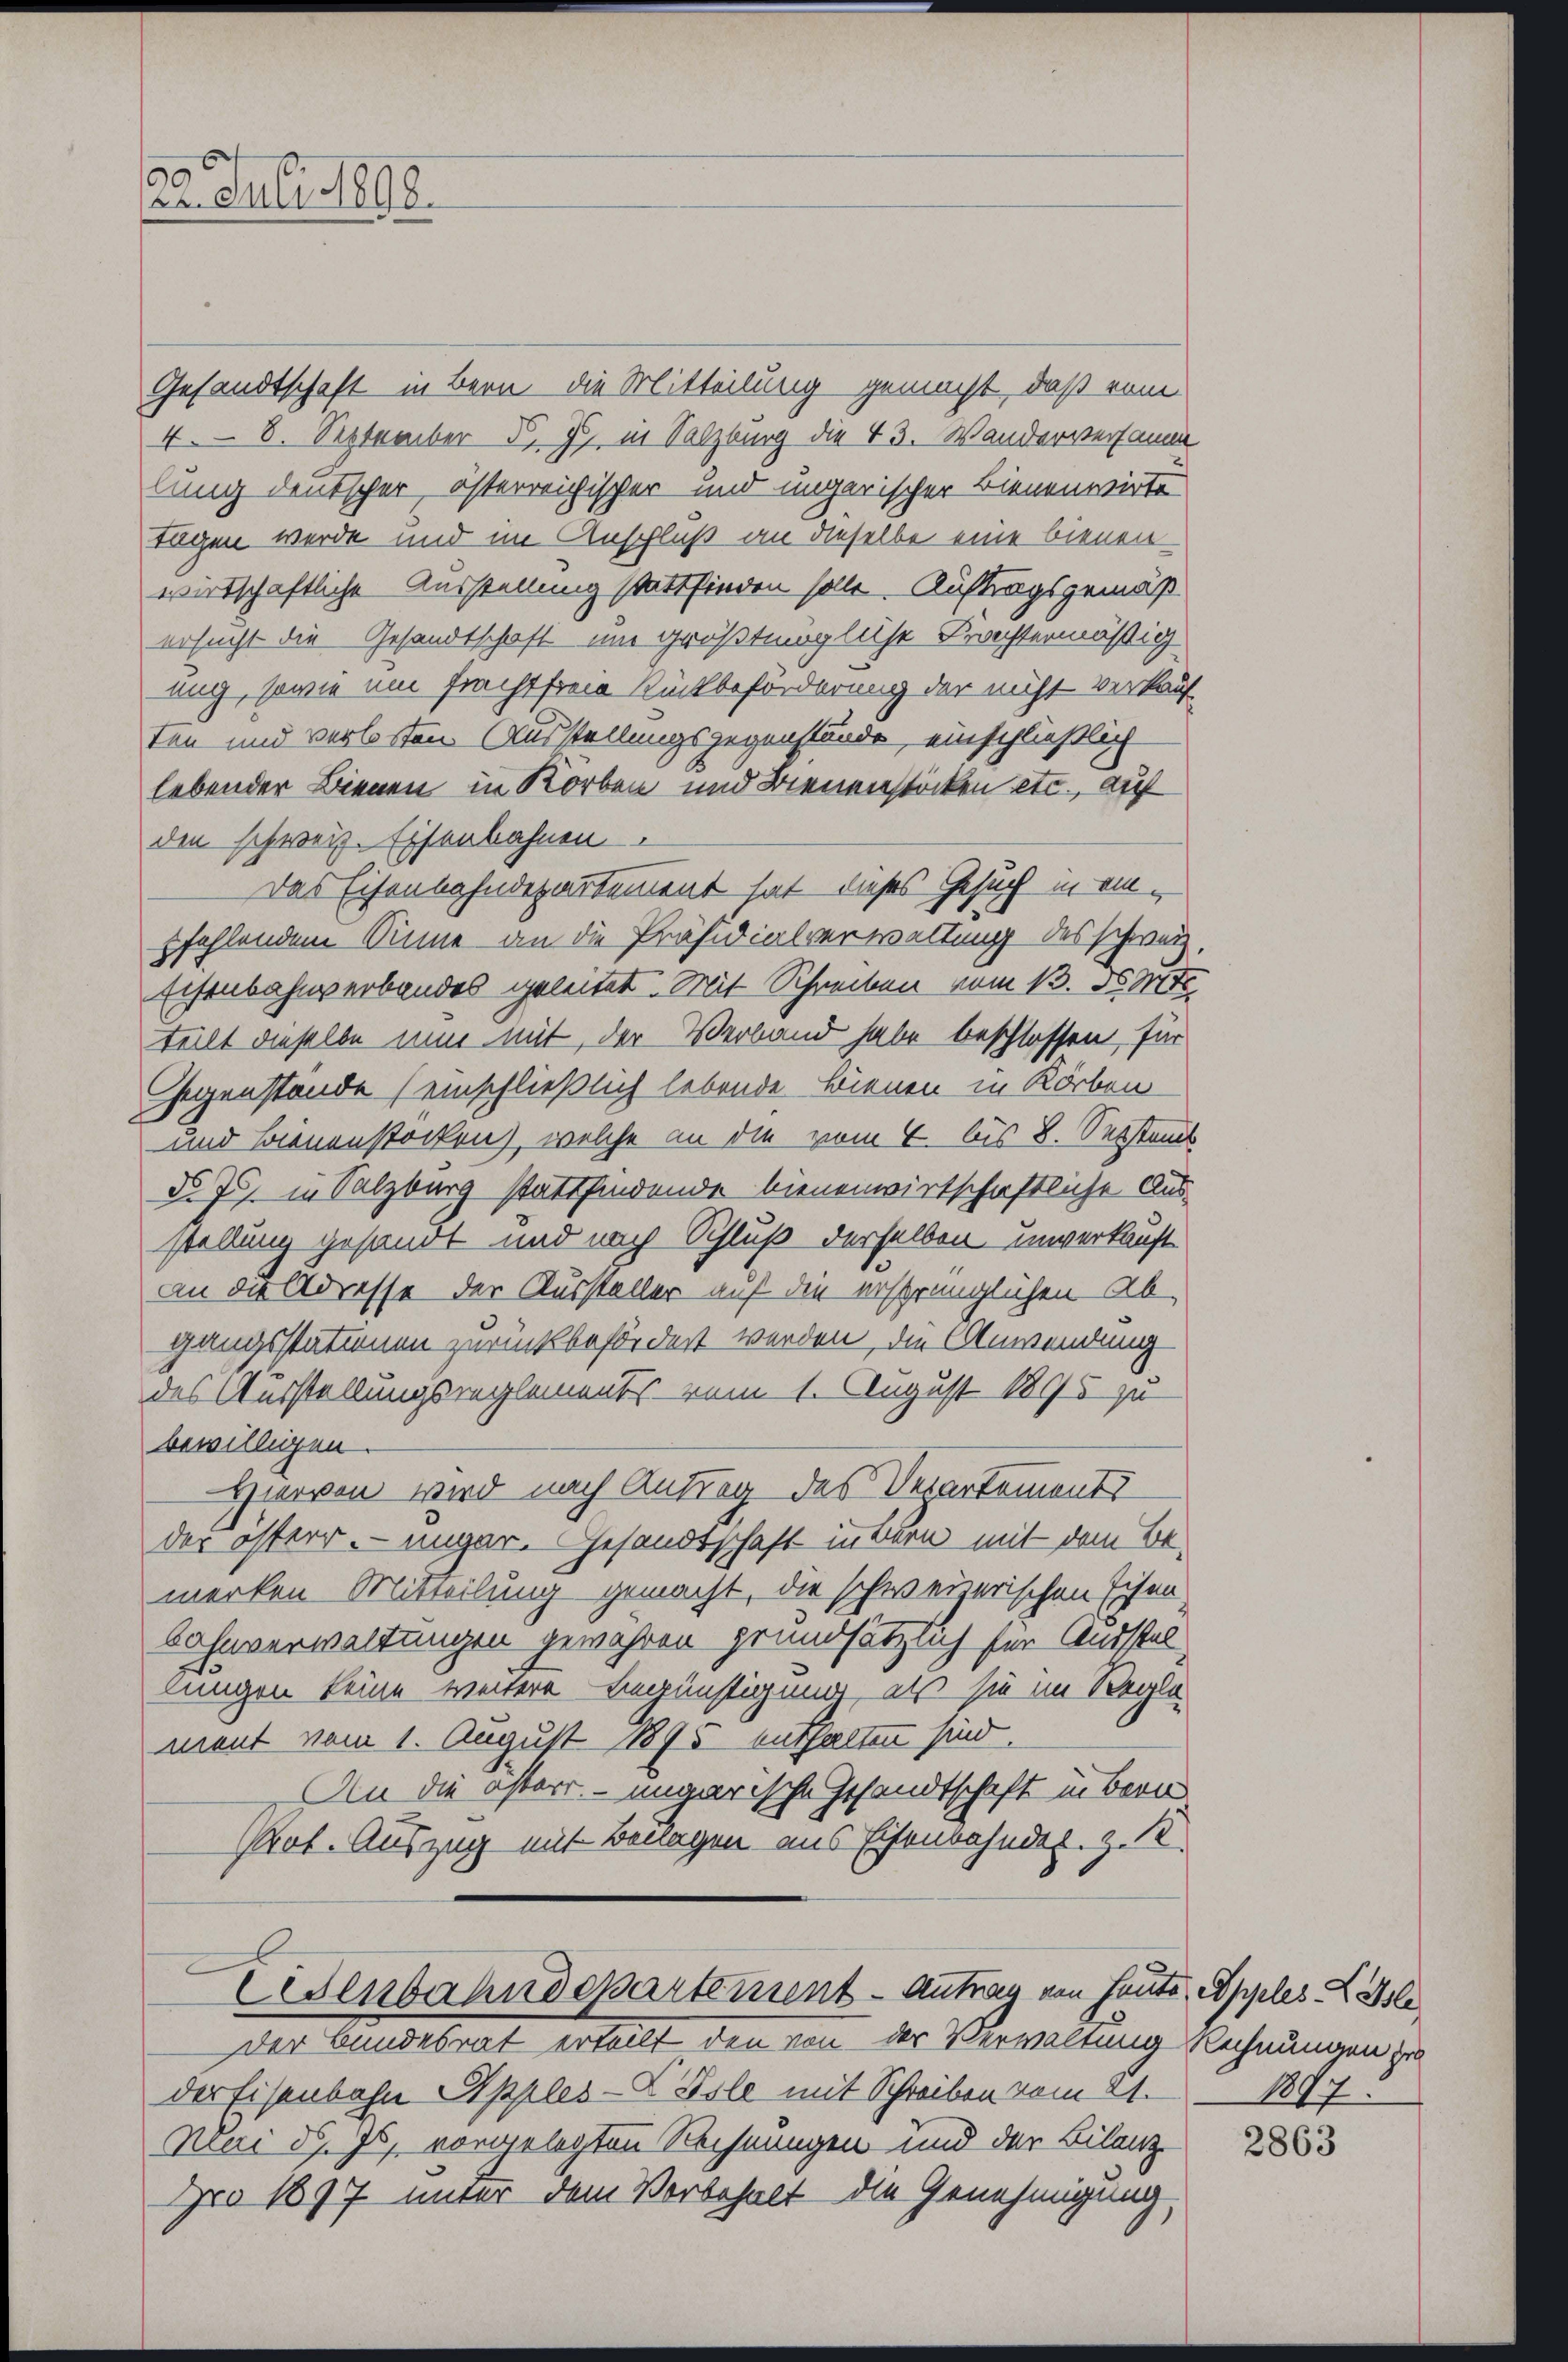
22. Juli 1898.

Gesandtschaft in Bern, die Mitteilung gemacht, daß ein
4. 8. September d. J. in Salzburg die 43. Wanderversamm
lung deutscher, österreichischer und ungarischer Bienenwirte
tagen werde und im Anschluß an dieselbe eine bienen-
wirtschaftliche Ausstellung stattfinden solle. Auftragsgemäß
ersucht die Gesandtschaft in größtmögliche Krachtermäßig
uig, sowie um frachtfreie Rückbeförderung der nicht verkauf-
ten und verlosten. Ausstellungsgegenstände, einschließlich
lebender Bienen in Korben und Bienenstöcken etc., auf
den schweiz. Eisenbahnen
Das Eisenbahndepartement hat dieses Gesuch in einfehlendem Sinne an die Präsidialverwaltung des schweiz.
S
Eisenbahnverbandes geleitet. Mit Schreiben vom 13. d. Mt
teilt dieselbe nun mit, der Verband habe beschlossen, für
Gegenstände (einschließlich lebende Bienen in Korben
und Bienenstocken), welche an die vom 4. bis 8. Seitens
do 7. in Salzburg stattfindende bienenwirtschaftliche Aus-
stellung gesandt und nach Schluß derselben unverkauft
an die Adresse der Aussteller auf die ersprünglichen Ab-
gangsstatinen zurückbefördert werden, die Anwendung
des Ausstellungsreglements vom 1. August 1895 zu
bewilligen.
Hiervon wird nach Antrag des Departement
des österr. ungar. Gesandtschaft innern mit dem Be-
merken Mitteilung gemacht, die schweizerischen Eisen
Bahnverwaltungen gewahren grundsätzlich für Ausstellungen keine weitere Begünstigung, als sie im Regle
ment vom 1. August 1895 enthalten sind.
An die österr. – ungarische Gesandtschaft in Bern
Pot. Auszug mit Benagen aus Eisenbahndet. Z. 1
Eisenbahndepartement - Antrag von heute Apples Kle
Der Bundesrat erteilt den von der Verwaltung Rechnungen zu
der Eisenbahn Epples-X Isle mit Schreiben vom 21.
Mai d. Js. vorgelegten Rechnungen und der Bilanz-
pro 1897 unter dem Vorbehalt die Genehmigung,

1897.

2863